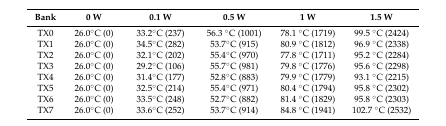
| Bank | 0 W | 0.1 W | 0.5 W | 1 W | 1.5 W |
 | --- | --- | --- | --- | --- | --- |
 | TX0 | 26.0°C (0) | 33.2°C (237) | 56.3 °C (1001) | 78.1 °C (1719) | 99.5 °C (2424) |
 | TX1 | 26.0°C (0) | 34.5°C (282) | 53.7°C (915) | 80.9 °C (1812) | 96.9 °C (2338) |
 | TX2 | 26.0°C (0) | 32.1°C (202) | 55.4°C (970) | 77.8 °C (1711) | 95.2 °C (2284) |
 | TX3 | 26.0°C (0) | 29.2°C (106) | 55.7°C (981) | 79.8 °C (1776) | 95.6 °C (2298) |
 | TX4 | 26.0°C (0) | 31.4°C (177) | 52.8°C (883) | 79.9 °C (1779) | 93.1 °C (2215) |
 | TX5 | 26.0°C (0) | 32.5°C (214) | 55.4°C (971) | 80.4 °C (1794) | 95.8 °C (2302) |
 | TX6 | 26.0°C (0) | 33.5°C (248) | 52.7°C (882) | 81.4 °C (1829) | 95.8 °C (2303) |
 | TX7 | 26.0°C (0) | 33.6°C (252) | 53.7°C (914) | 84.8 °C (1941) | 102.7 °C (2532) |